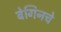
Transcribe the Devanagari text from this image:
बेगिनचे